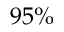
9 5 \%